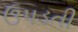
ઉપડતી